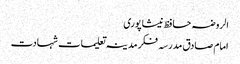
الروضہ حافظ نیشاپوری
امام صادق مدرسہ فکر مدینہ تعلیمات شہادت